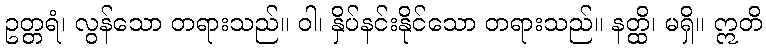
ဥတ္တရံ၊ လွန်သော တရားသည်။ ဝါ၊ နှိပ်နင်းနိုင်သော တရားသည်။ နတ္ထိ၊ မရှိ။ ဣတိ